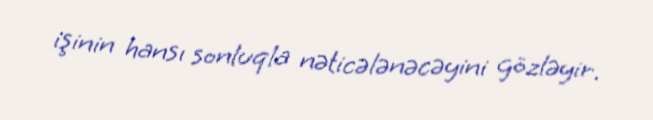
işinin hansı sonluqla nəticələnəcəyini gözləyir.